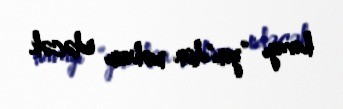
havayı ”yem"dən məhrum edəcək.